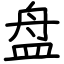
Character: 盘